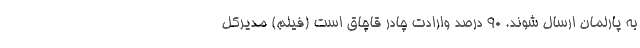
به پارلمان ارسال شوند. ۹۰ درصد وارادت چادر قاچاق است (فیلم) مدیرکل